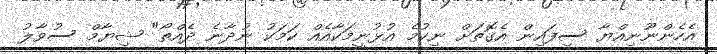
އެހެންނޫނިއްޔާ ސިފައިން އެގޮތަށް ނިކުމެ އުޅުނީމަކާއެއް ކަމަކު ނުދާނެ ދެއްތޯ" ޝިޔާމް ސުވާލު